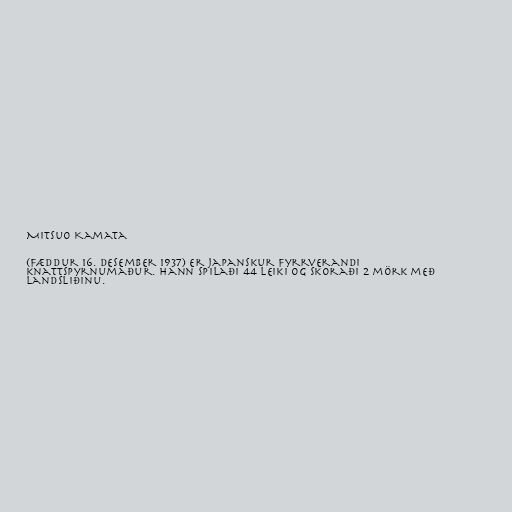
Mitsuo Kamata

(fæddur 16. desember 1937) er japanskur fyrrverandi
knattspyrnumaður. Hann spilaði 44 leiki og skoraði 2 mörk með
landsliðinu.